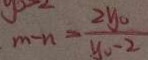
m - n = \frac { 2 y _ { 0 } } { y _ { 0 } - 2 }